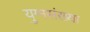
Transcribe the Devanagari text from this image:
युग्मसंख्या